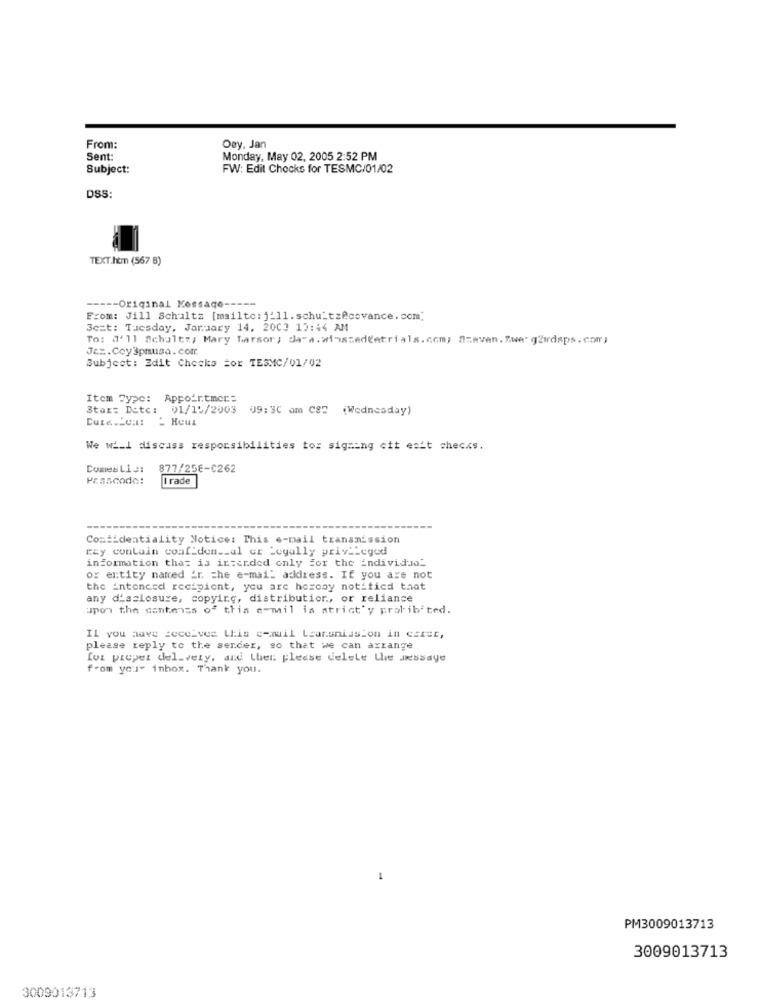
From:
Oey. Jan
Sent:
Monday, May 02, 2005 2:52 PM
Subject:
FW: Edit Chocks for TESMC/01/02
DSS:
TEXT.htm (567 8)
----- Original Message -----
From: Jill Schultz [mailto: j-11.schu_tzecovance. com.
3c=t: Tuesday, Jaraary 14, 2003 13:44 AM
To: J'11 Schaltz, Mary Tarsor; data.winszedtetrials.com; azeven. Zwerg2irdaps.com;
Je =. Coy3pmusa. com
Subject: Edit Chocks =or TESMC/01/02
Item Type: Appointmer:
Star: Date: 01/15/2003
09:30 am CS2 (Wednesday)
We wi.I discuss responsibilities tos signing cit esit checks.
Comes L13:
877/258-C262
Passcode:
I rade
Confidentiality Notice: This e-mail transmission
ray contain coaf_den __ al or Legally privileged
information that is intended only for the individual
or entity named _r. the e-mail address. If you are not
the intended recipient, you are heresy notified that
any d'aclosure, copying, distribution, or reliance
upon the contents of this e-mail is strict'y prohibited.
IL you auve receives this e-mail Laarsniasion in carer,
please reply to the sender, so that we can arrange
foi proper del-very, and then please delete Lhe Jessaye
from your inbox. Thank you.
PM3009013713
3009013713
3009013713